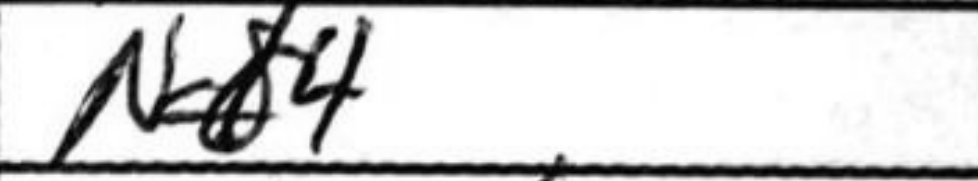
Transcription: Nb4